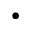
\bullet